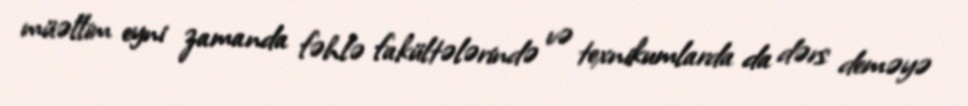
müəllim eyni zamanda fəhlə fakültələrində və texnikumlarda da dərs deməyə